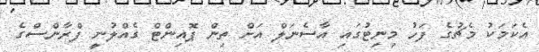
އެކަމަކު މެޗުގެ ފަހު މިނިޓުގައި އާސެނަލް އަށް ތިން ޕޮއިންޓް ގެއްލުނީ ފްރާންސްގެ